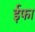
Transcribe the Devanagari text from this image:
ईफा